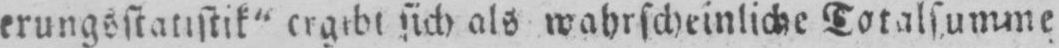
sich als wahrscheinliche Totalsumme